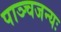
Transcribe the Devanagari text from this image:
पाञ्चजन्यः